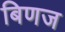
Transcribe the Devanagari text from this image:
बिणज